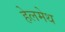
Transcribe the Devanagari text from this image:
हेलमेथ